Annual report on the mental hospital in the Central Provinces and Berar (Nagpur) - 1927-1951
Year: 1927
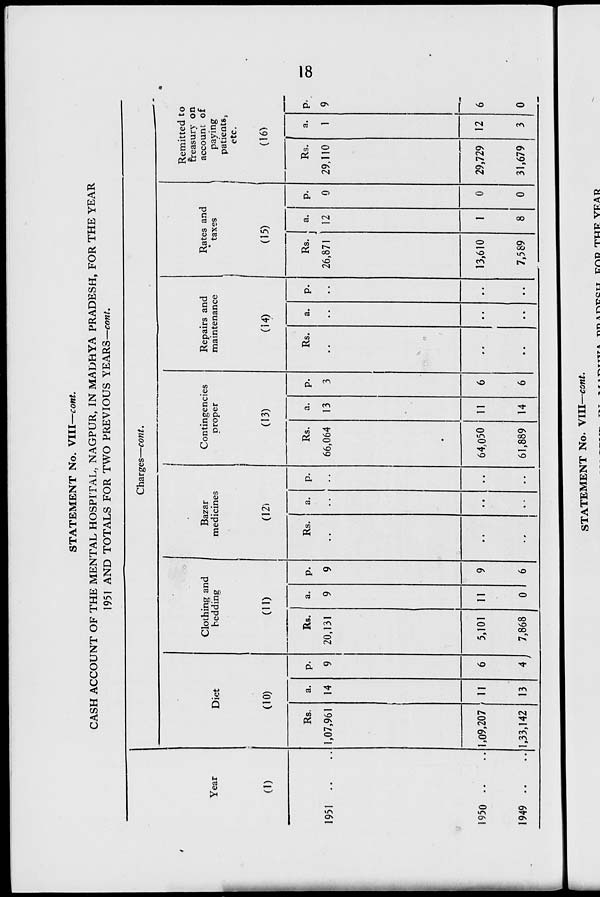
STATEMENT No. VIII—cont.
CASH ACCOUNT OF THE MENTAL HOSPITAL, NAGPUR, IN MADHYA PRADESH, FOR THE YEAR
1951 AND TOTALS FOR TWO PREVIOUS YEARS— cont.
Charges—cont.
■
-
1
•
Remitted to
freasury on
Clothing and
Bazar
Contingencies
Repairs and
Rates and
account of
Year
Diet
bedding
medicines
proper
maintenance
taxes
paying
patients,
etc.
(1)
(10)
(ID
(12^
(13)
(14)
(15)
(16)
Rs,
a. P-
RB.
a. P-
Rs.
a. P.
Rs.
a. P-
Rs.
a. P.
Rs.
a. P-
1
Rs. 1 a. P-
1951 ..
1,07,961 14
9
20,131
9
9
66,064 13
3
\
26,871
12
0 29,110
1 9
1950 ..
1,09,207 11
6
5,101
11
9
••
••
••
64,050 11
6
••
••
••
13,610
1
0
29,729 12 6
1949 ..
1,33,142 13
J 7,868 0 6 •' • 61,889 14 6 •• •• •• 7,589 8 0 31,679
i
3
0
OO
STATEMENT No. VIII—cont.